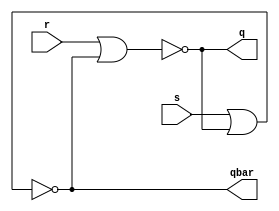
module sr_latch(input s,r, output q, qbar);//nor
    assign q    = ~(r | qbar);
    assign qbar = ~(s | q);
endmodule


/*module sr_latch(input s,r, output q, qbar);//nand
    assign q    = ~(r & qbar);
    assign qbar = ~(s & q);
endmodule*/